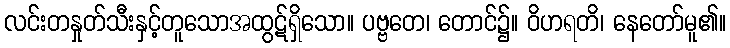
လင်းတနှုတ်သီးနှင့်တူသောအထွဋ်ရှိသော။ ပဗ္ဗတေ၊ တောင်၌။ ဝိဟရတိ၊ နေတော်မူ၏။